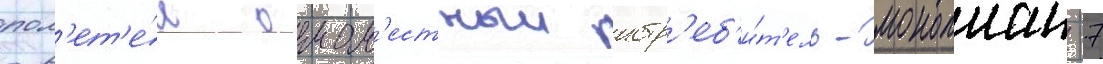
пол'ет'е́л одном'естныи истр'еб'и́т'ель-моноплан -7